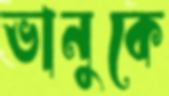
ভানুকে